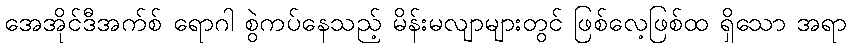
အေအိုင်ဒီအက်စ် ရောဂါ စွဲကပ်နေသည့် မိန်းမလျာများတွင် ဖြစ်လေ့ဖြစ်ထ ရှိသော အရာ